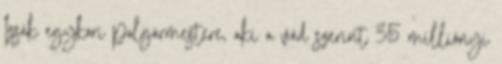
Izsák egykori polgármestere, aki a vád szerint 35 milliónyi